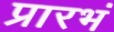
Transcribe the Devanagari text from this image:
प्रारभं